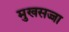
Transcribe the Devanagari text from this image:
मुखसज्जा